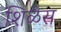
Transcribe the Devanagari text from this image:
शिळेस